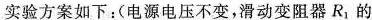
实验方案如下：(电源电压不变，滑动变阻器R_{1}的